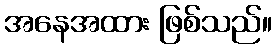
အနေအထား ဖြစ်သည်။